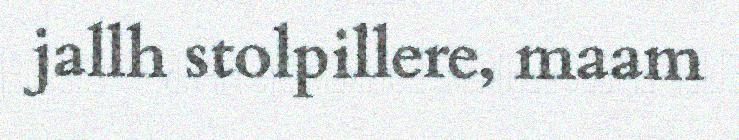
jallh stolpillere, maam